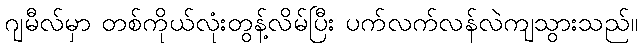
ဂျမီလ်မှာ တစ်ကိုယ်လုံးတွန့်လိမ်ပြီး ပက်လက်လန်လဲကျသွားသည်။